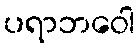
ပရာဘဝေါ